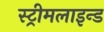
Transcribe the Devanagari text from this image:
स्ट्रीमलाइन्ड